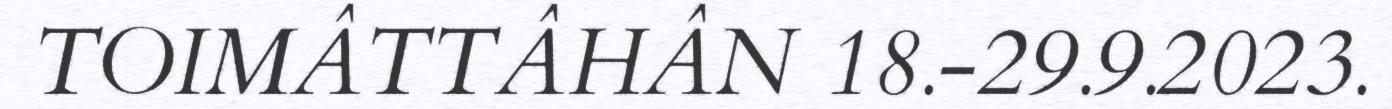
TOIMÂTTÂHÂN 18.-29.9.2023.